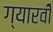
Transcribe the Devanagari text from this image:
ग्यारवीँ